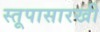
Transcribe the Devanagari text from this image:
स्तूपासारखी